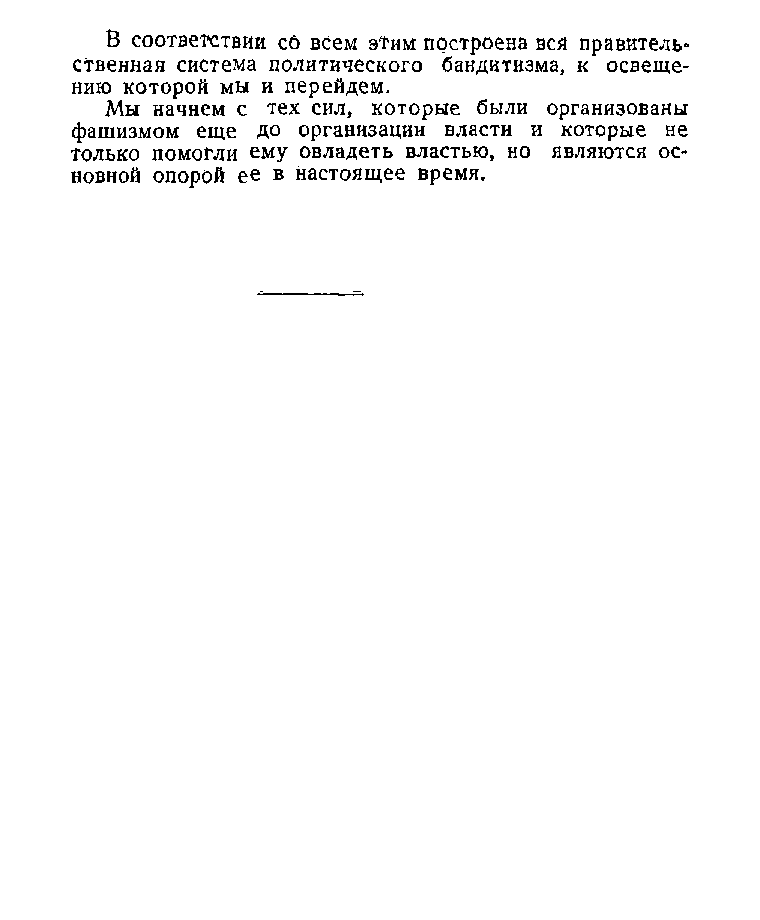
В соответствии со всем этим построена вся правитель*
 ственная система политического бандитизма, к освеще­
 нию которой мы и перейдем.
 Мы начнем с тех сил, которые были организованы
 фашизмом еще до организации власти и которые не
 только помогли ему овладеть властью, но являются ос­
 новной опорой ее в настоящее время.